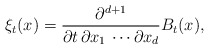
\begin{align*}\xi_t(x) = \frac{\partial^{d+1}}{\partial t\,\partial x_1\,\cdots\partial x_d} B_t(x),\end{align*}